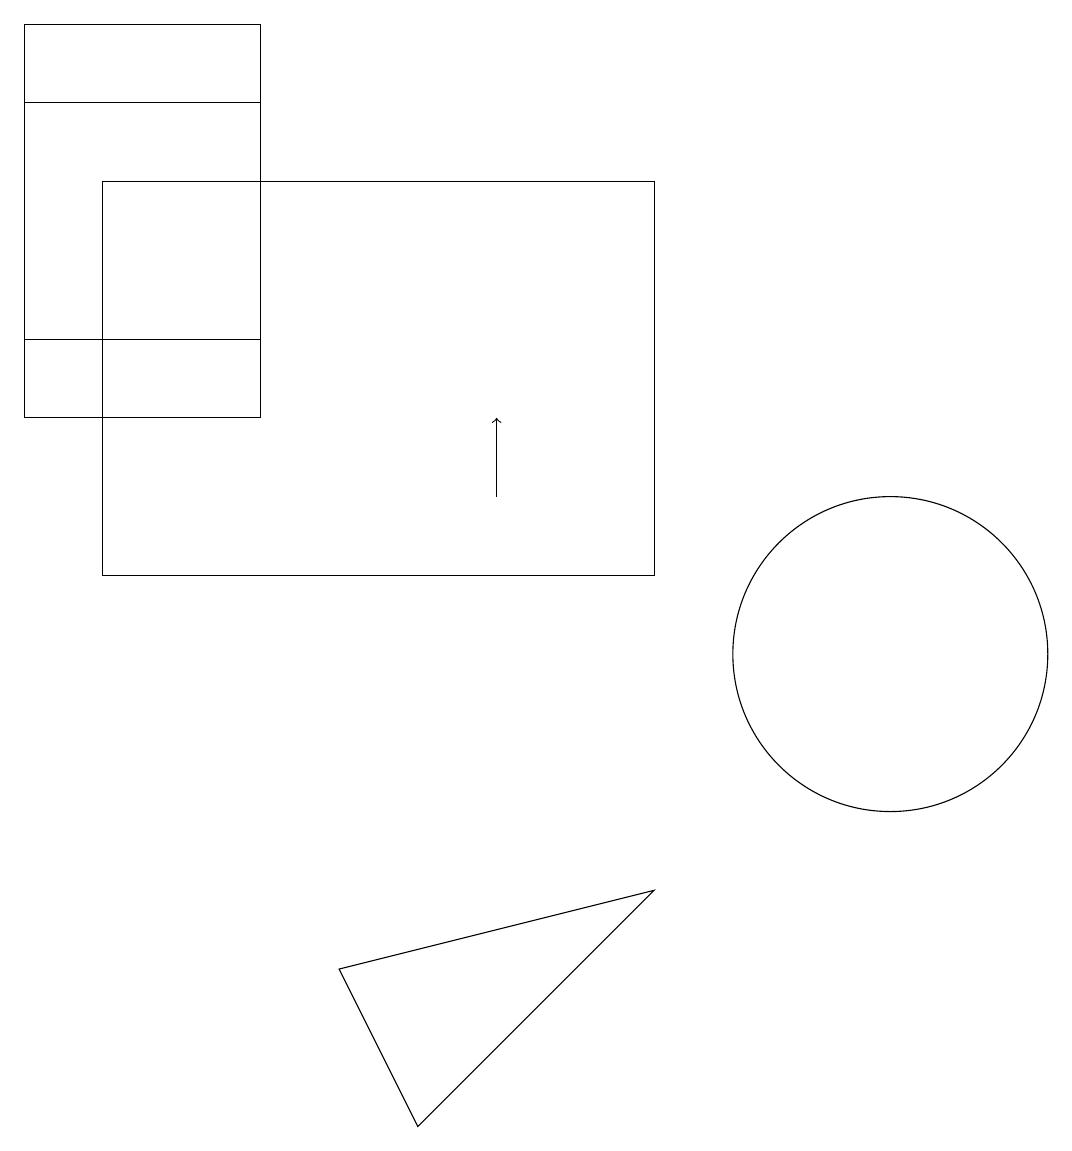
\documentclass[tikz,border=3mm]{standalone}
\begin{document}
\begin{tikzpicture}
\draw (4,17) rectangle (1,14);
\draw (9,7) -- (5,6) -- (6,4) -- cycle;
\draw (2,16) rectangle (9,11);
\draw (12,10) circle (2);
\draw (4,13) rectangle (1,18);
\draw[->] (7,12) -- (7,13);
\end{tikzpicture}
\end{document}